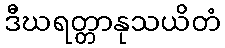
ဒီဃရတ္တာနုသယိတံ